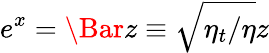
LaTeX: e^{x}=\Bar{z}\equiv\sqrt{\eta_{t}/\eta}z